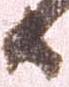
日